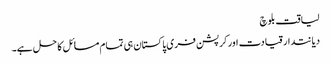
لیاقت بلوچ
دیانتدار قیادت اور کرپشن فری پاکستان ہی تمام مسائل کا حل ہے۔